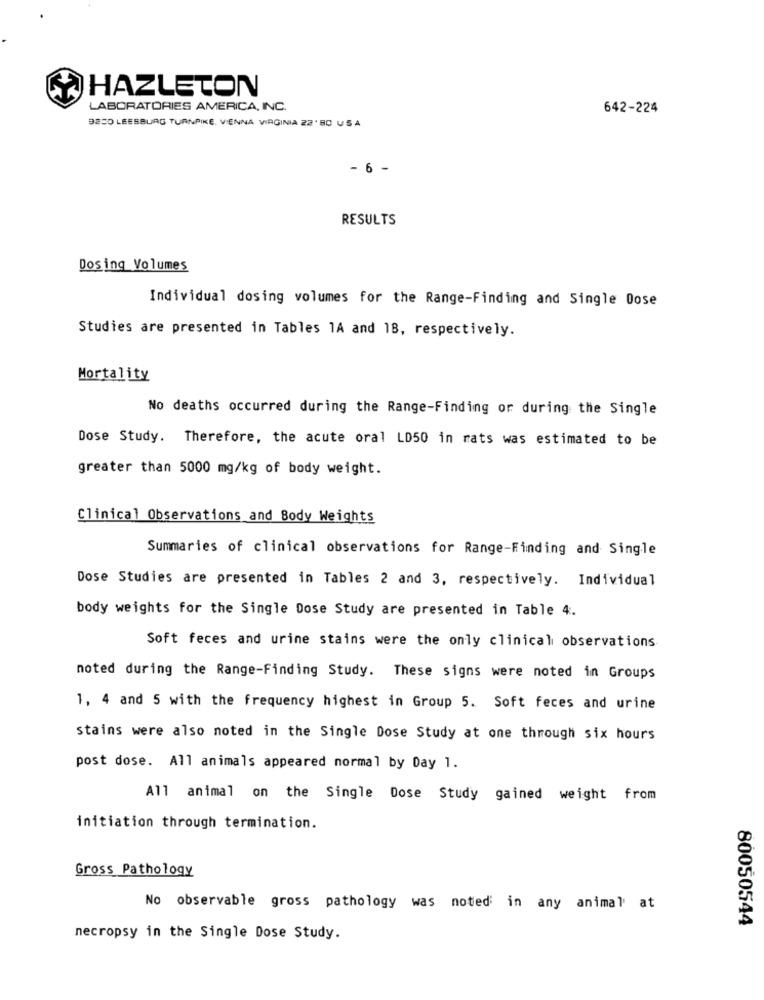
HAZLETON
LABORATORIES AMERICA, INC.
642-224
BECO LEESBURG TURNPIKE, VIENNA VIRGINIA 22' BO USA
- 6 -
RESULTS
Dosing Volumes
Individual dosing volumes for the Range-Finding and Single Dose
Studies are presented in Tables 1A and 18, respectively.
Mortality
No deaths occurred during the Range-Finding or during the Single
Dose Study. Therefore, the acute oral LD50 in rats was estimated to be
greater than 5000 mg/kg of body weight.
Clinical Observations and Body Weights
Summaries of clinical observations for Range-Finding and Single
Dose Studies are presented in Tables 2 and 3, respectively. Individual
body weights for the Single Dose Study are presented in Table 4.
Soft feces and urine stains were the only clinical observations
noted during the Range-Finding Study. These signs were noted in Groups
1, 4 and 5 with the frequency highest in Group 5. Soft feces and urine
stains were also noted in the Single Dose Study at one through six hours
post dose. All animals appeared normal by Day 1.
All animal on the Single Dose Study gained weight from
initiation through termination.
Gross Pathology
No observable gross pathology was noted in any animal at
80050544
necropsy in the Single Dose Study.